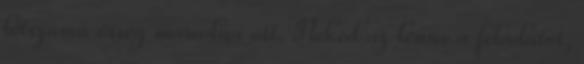
létszámú őrség maradna ott. Neked az lenne a feladatot,